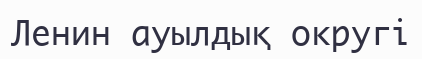
Ленин ауылдық округі